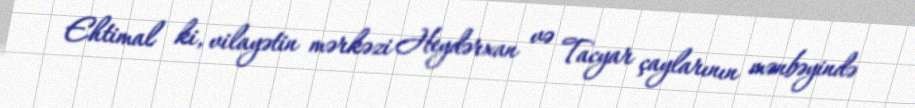
Ehtimal ki, vilayətin mərkəzi Heydərxan və Tacyar çaylarının mənbəyində